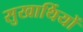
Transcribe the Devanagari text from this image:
सुखार्थियों